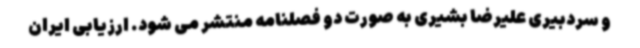
و سردبیری علیرضا بشیری به صورت دو فصلنامه منتشر می شود. ارزیابی ایران